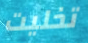
تخليت